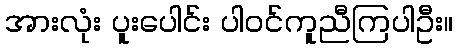
အားလုံး ပူးပေါင်း ပါဝင်ကူညီကြပါဦး။